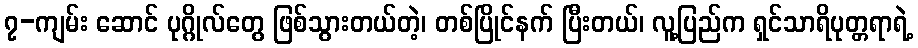
၇-ကျမ်း ဆောင် ပုဂ္ဂိုလ်တွေ ဖြစ်သွားတယ်တဲ့၊ တစ်ပြိုင်နက် ပြီးတယ်၊ လူ့ပြည်က ရှင်သာရိပုတ္တရာရဲ့